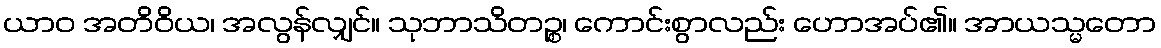
ယာဝ အတိဝိယ၊ အလွန်လျှင်။ သုဘာသိတဉ္စ၊ ကောင်းစွာလည်း ဟောအပ်၏။ အာယသ္မတော